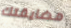
مضايقتك